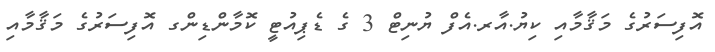
އޮފިސަރުގެ މަޤާމާއި ކިޔު.އާރ.އެފް ޔުނިޓް 3 ގެ ޑެޕިއުޓީ ކޮމާންޑިންގ އޮފިސަރުގެ މަޤާމާއި